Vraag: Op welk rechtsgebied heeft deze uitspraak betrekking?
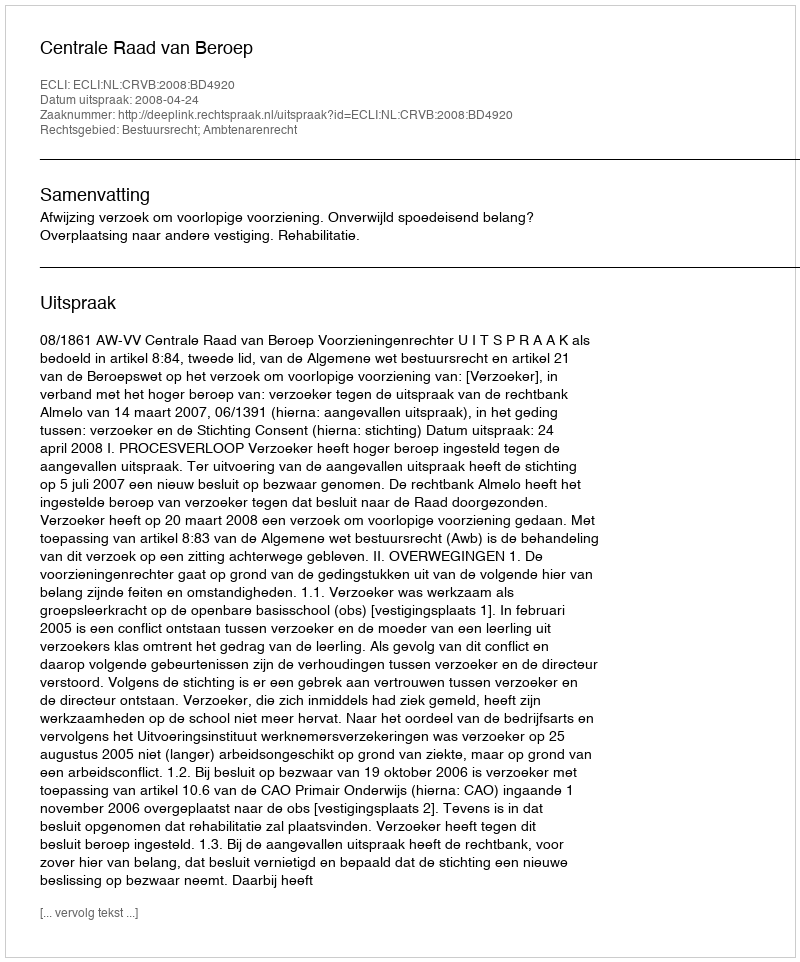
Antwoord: Bestuursrecht; Ambtenarenrecht